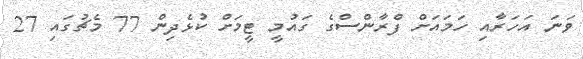
ވަނަ އަހަރާއި ހަމައަށް ފްރާންސްގެ ގައުމީ ޓީމަށް ކުޅެދިން 77 މެޗުގައި 27